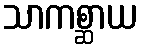
သာကစ္ဆာယ